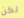
لكن